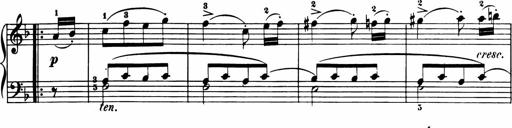
Title: 11 Sonatinas for Piano Solo
Composer: Anton Diabelli